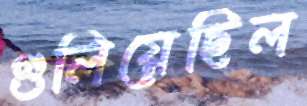
গুলিয়েছিল